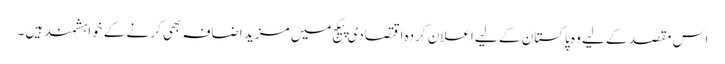
اس مقصد کے لیے وہ پاکستان کے لیے اعلان کردہ اقتصادی پیکج میں مزید اضافہ بھی کرنے کے خواہشمند ہیں۔